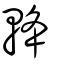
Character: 𨋪